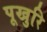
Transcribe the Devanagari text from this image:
पूखुरि